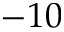
- 1 0